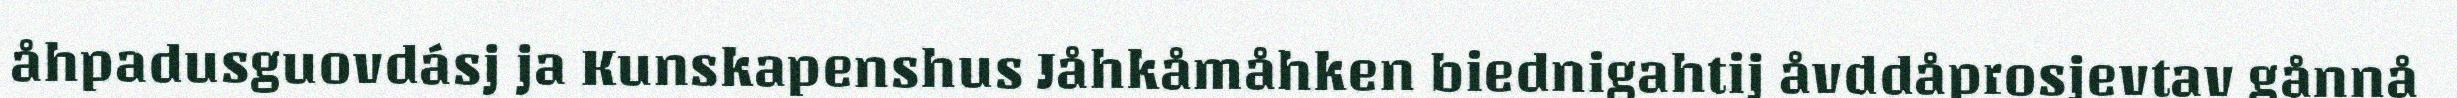
åhpadusguovdásj ja Kunskapenshus Jåhkåmåhken biednigahtij åvddåprosjevtav gånnå